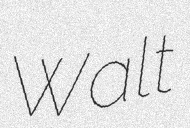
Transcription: Walt